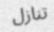
تنازل